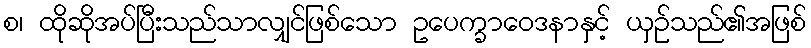
စ၊ ထိုဆိုအပ်ပြီးသည်သာလျှင်ဖြစ်သော ဥပေက္ခာဝေဒနာနှင့် ယှဉ်သည်၏အဖြစ်